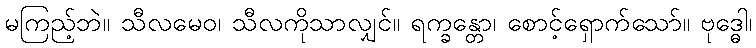
မကြည့်ဘဲ။ သီလမေဝ၊ သီလကိုသာလျှင်။ ရက္ခန္တော၊ စောင့်ရှောက်သော်။ ဗုဒ္ဓေါ၊